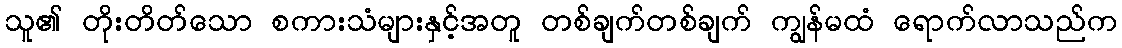
သူ၏ တိုးတိတ်သော စကားသံများနှင့်အတူ တစ်ချက်တစ်ချက် ကျွန်မထံ ရောက်လာသည်က